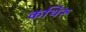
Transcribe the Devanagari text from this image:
कथिरू